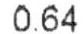
0.64